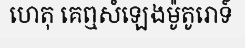
ហេតុ គេឮសំឡេងម៉ូតូរោទ៍